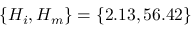
\left\lbrace H _ { i } , H _ { m } \right\rbrace = \left\lbrace 2 . 1 3 , 5 6 . 4 2 \right\rbrace